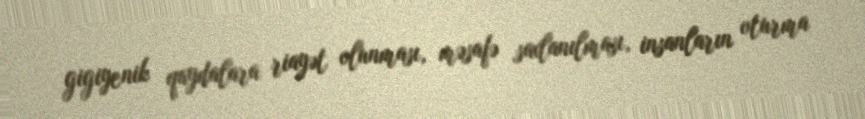
gigiyenik qaydalara riayət olunması, məsafə saxlanılması, insanların oturma